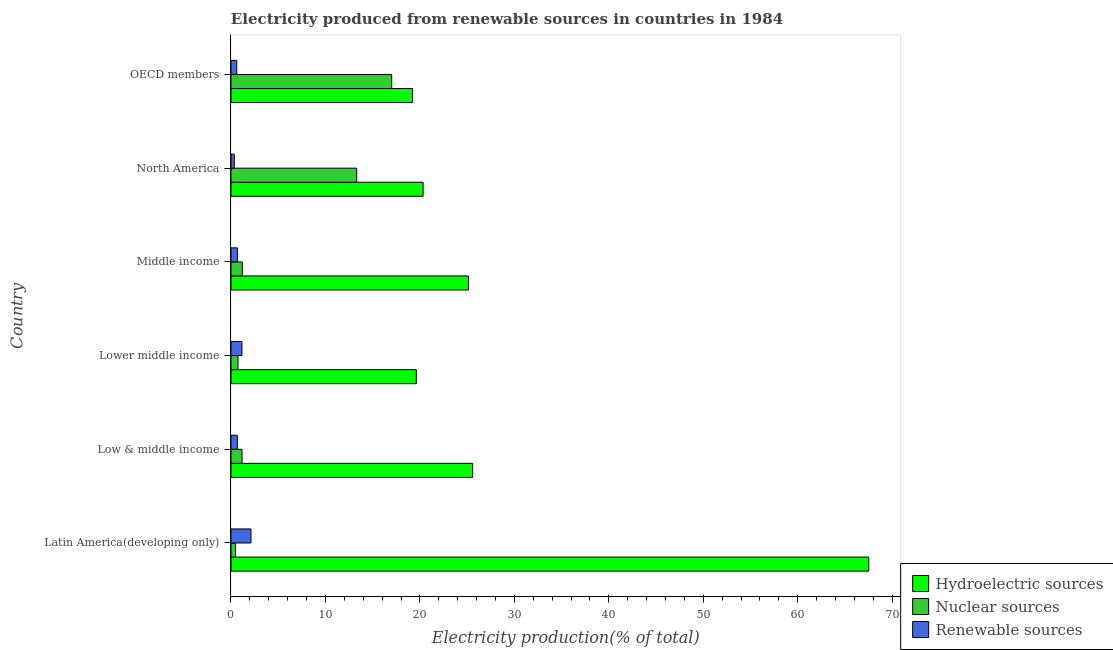
| Country | Hydroelectric sources | Nuclear sources | Renewable sources |
 | --- | --- | --- | --- |
 | Latin America(developing only) | 67.5 | 0.483 | 2.12 |
 | Low & middle income | 25.6 | 1.17 | 0.67 |
 | Lower middle income | 19.6 | 0.744 | 1.16 |
 | Middle income | 25.1 | 1.2 | 0.687 |
 | North America | 20.3 | 13.3 | 0.352 |
 | OECD members | 19.2 | 17 | 0.611 |